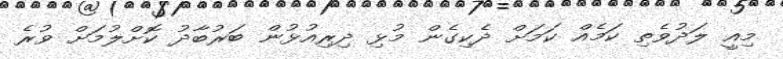
މިއީ ލަދުވެތި ކަމެއް ކަމަށް ދެކިގެން މުޅި ދިރިއުޅުން ބަރުބާދު ކޮށްލުމަށް ވުރެ